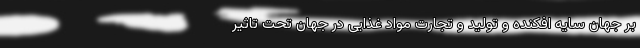
بر جهان سایه افکنده و تولید و تجارت مواد غذایی در جهان تحت تاثیر